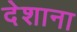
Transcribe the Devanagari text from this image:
देशाना